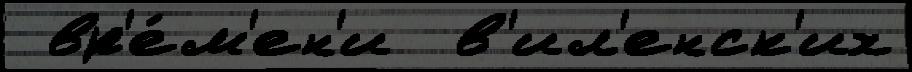
 вр'е́м'ен'и  в'ил'енск'их